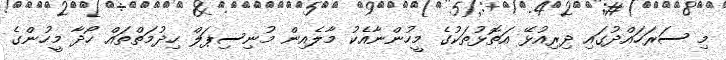
މި ސަރަހައްދުގައި ދިރިއުޅޭ އަތޮޅުތަކުގެ މީހުންނާއެކު މާލެއިން މުނިސިޕަލް ހިދުމަތްތައް ހޯދާ މީހުންގެ